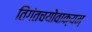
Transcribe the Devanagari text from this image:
तिंगंतचयोवाक्यम्